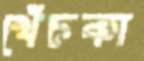
খেঁচকা